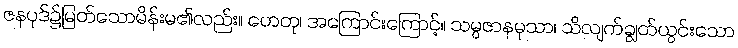
ဇနပုဒ်၌မြတ်သောမိန်းမ၏လည်း။ ဟေတု၊ အကြောင်းကြောင့်။ သမ္ပဇာနမုသာ၊ သိလျက်ချွတ်ယွင်းသော